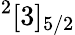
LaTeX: ^2[3]_{5/2}